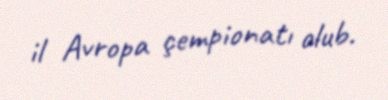
il Avropa çempionatı olub.